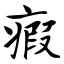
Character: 瘕